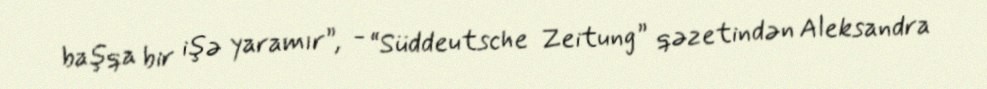
başqa bir işə yaramır”, - “Süddeutsche Zeitung” qəzetindən Aleksandra